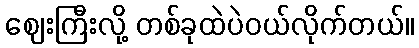
ဈေးကြီးလို့ တစ်ခုထဲပဲဝယ်လိုက်တယ်။